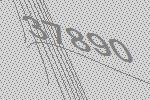
37890